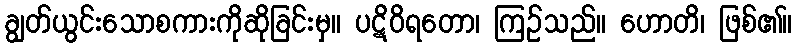
ချွတ်ယွင်းသောစကားကိုဆိုခြင်းမှ။ ပဋိဝိရတော၊ ကြဉ်သည်။ ဟောတိ၊ ဖြစ်၏။